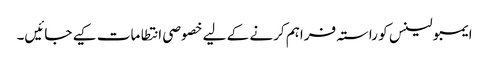
ایمبولینس کو راستہ فراہم کرنے کے لیے خصوصی انتطامات کیے جائیں۔